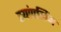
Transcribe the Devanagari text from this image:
स्यांपलिंग